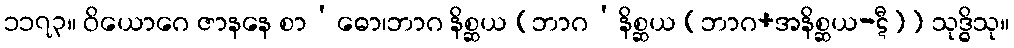
၁၁၇၃။ ဝိယောဂေ ဇာနနေ စာ’ဓော၊ဘာဂ နိစ္ဆယ [ဘာဂ’နိစ္ဆယ (ဘာဂ+အနိစ္ဆယ-ဋီ)] သုဒ္ဓိသု။